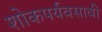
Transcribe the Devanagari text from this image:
शोकपर्यवसावी